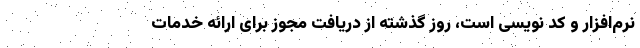
نرم‌افزار و کد نویسی است، روز گذشته از دریافت مجوز برای ارائه خدمات